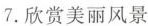
7.欣赏美丽风景